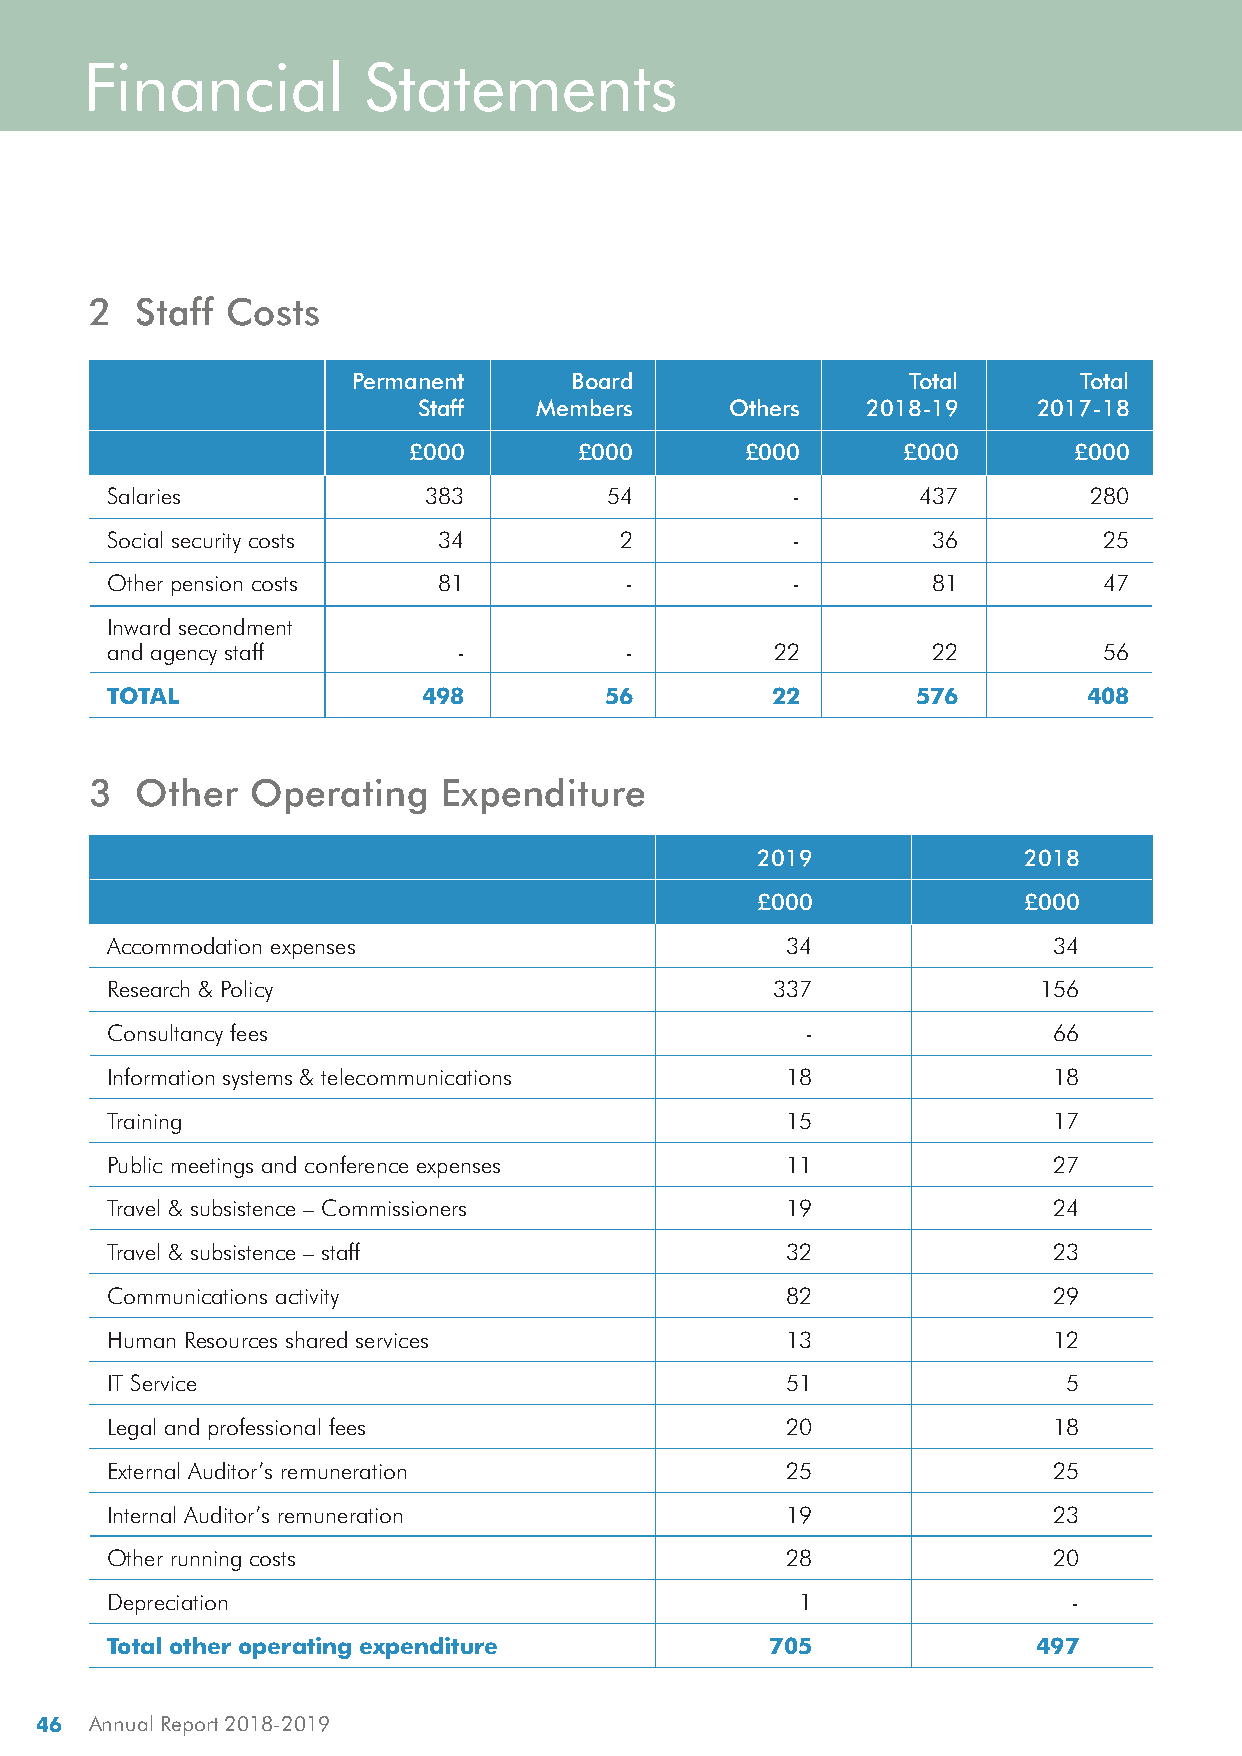
Financial         Statements
 2  Staff Costs
 Permanent      Board                 Total       Total
 Staff   Members     Others    2018-19    2017-18
 £000       £000       £000       £000       £000
 Salaries             383         54           -       437        280
 Social security costs 34          2           -        36         25
 Other pension costs   81           -          -        81         47
 Inward secondment
 and agency staff       -           -        22         22         56
 TOTAL                498         56         22        576        408
 3  Other   Operating   Expenditure
 2019              2018
 £000              £000
 Accommodation expenses                       34                34
 Research & Policy                           337               156
 Consultancy fees                              -                66
 Information systems & telecommunications     18                18
 Training                                     15                17
 Public meetings and conference expenses      11                27
 Travel & subsistence – Commissioners         19                24
 Travel & subsistence – staff                 32                23
 Communications activity                      82                29
 Human Resources shared services              13                12
 IT Service                                   51                 5
 Legal and professional fees                  20                18
 External Auditor’s remuneration              25                25
 Internal Auditor’s remuneration              19                23
 Other running costs                          28                20
 Depreciation                                  1                 -
 Total other operating expenditure           705               497
 46 Annual Report 2018-2019